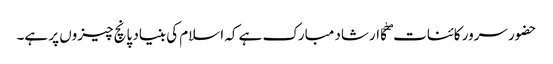
حضور سرور کائنات ۖکا ارشاد مبارک ہے کہ اسلام کی بنیاد پانچ چیزوں پر ہے۔